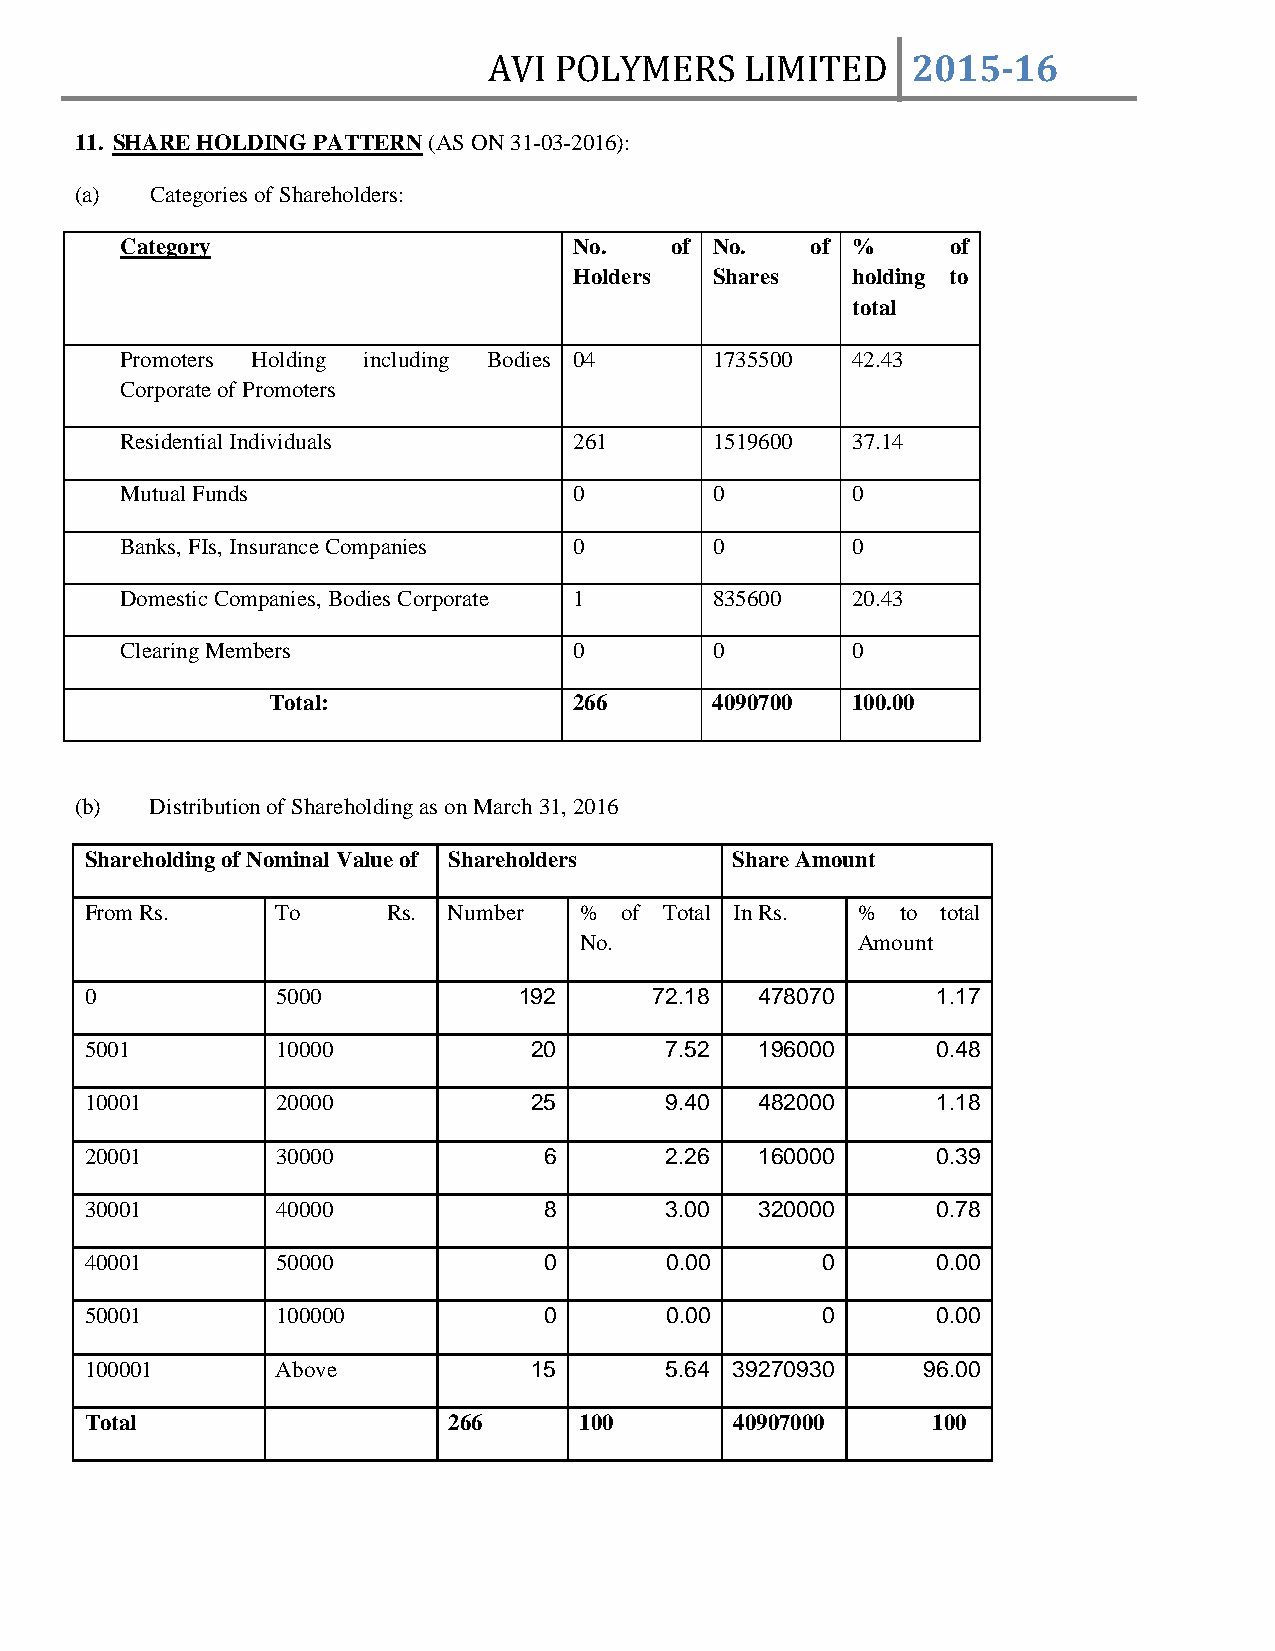
AVI  POLYMERS    LIMITED    2015­16
 11. SHARE HOLDING PATTERN (AS ON 31-03-2016):
 (a)  Categories of Shareholders:
 Category                      No.   of No.    of %     of
 Holders  Shares   holding to
 total
 Promoters Holding including Bodies 04  1735500  42.43
 Corporate of Promoters
 Residential Individuals       261      1519600  37.14
 Mutual Funds                  0        0        0
 Banks, FIs, Insurance Companies 0      0        0
 Domestic Companies, Bodies Corporate 1 835600   20.43
 Clearing Members              0        0        0
 Total:              266      4090700  100.00
 (b)  Distribution of Shareholding as on March 31, 2016
 Shareholding of Nominal Value of Shareholders Share Amount
 From Rs.    To      Rs. Number  %  of Total In Rs. %  to total
 No.                Amount
 0           5000            192      72.18  478070      1.17
 5001        10000            20       7.52  196000      0.48
 10001       20000            25       9.40  482000      1.18
 20001       30000             6       2.26  160000      0.39
 30001       40000             8       3.00  320000      0.78
 40001       50000             0       0.00      0       0.00
 50001       100000            0       0.00      0       0.00
 100001      Above            15       5.64 39270930    96.00
 Total                   266     100        40907000     100